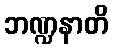
ဘဏ္ဍနာတိ